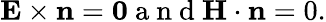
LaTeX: \mathbf{E}\times\mathbf{n}=\mathbf{0}\mathrm{~a~n~d~}\mathbf{H}\cdot\mathbf{n}=0.